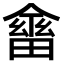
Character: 𠏇